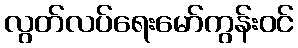
လွတ်လပ်ရေးမော်ကွန်းဝင်